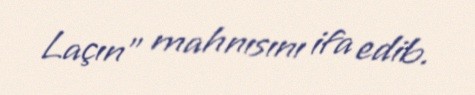
Laçın" mahnısını ifa edib.